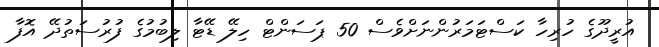
އުރީދޫގެ ހުރިހާ ކަސްޓަމަރުންނަށްވެސް 50 ޕަސަންޓް ހިލޭ ޑޭޓާ ލިބުމުގެ ފުރުސަތުދޭ އޮފާ